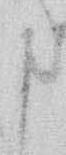
申